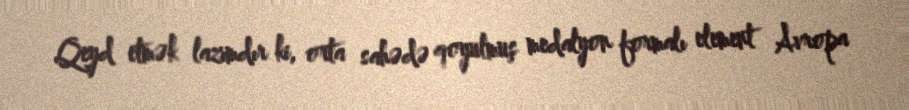
Qeyd etmək lazımdır ki, orta sahədə qoyulmuş medalyon formalı element Avropa